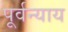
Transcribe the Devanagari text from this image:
पूर्वन्याय